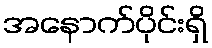
အနောက်ပိုင်းရှိ